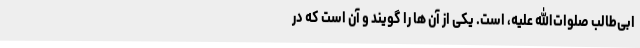
ابی‌طالب صلوات‌الله علیه، است. یکی از آن ها را گویند و آن است که در